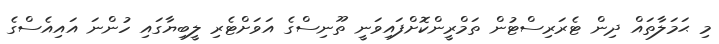
މި ޙަމަލާތައް ދިން ޓެރަރިސްޓުން ތަމްރީންކޮށްފައިވަނީ ތޫނިސްގެ އަވަށްޓެރި ލީބިޔާގައި ހުންނަ އައިއެސްގެ